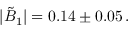
\vert \tilde { B } _ { 1 } \vert = 0 . 1 4 \pm 0 . 0 5 \, .